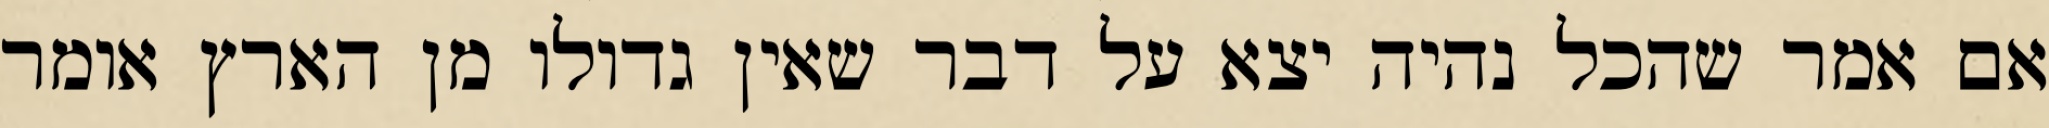
אם אמר שהכל נהיה יצא על דבר שאין גדולו מן הארץ אומר